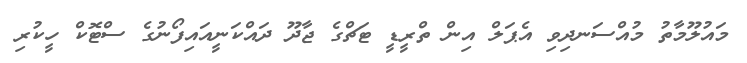
މައުލޫމާތު މުއްސަނދިވި އެޕަލް އިން ތްރީޑީ ޓަޗްގެ ޖާދޫ ދައްކަނީއައިފޯނުގެ ސްޓޮކް ހީކުރި